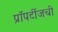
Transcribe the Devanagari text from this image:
प्रॉपर्टीजची